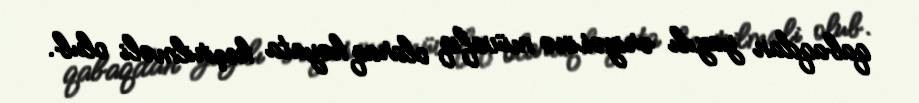
qabaqdan yazılı ərizəsinə müvafiq olaraq həyata keçirilməli olub.